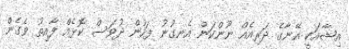
އިޝާއަކީ އޭނާގެ ދަރިއެއް ނޫންކަން އެނގުނު ފަހުން ދުވަސް ކޮޅެއް ފާއިތު ވެގެން